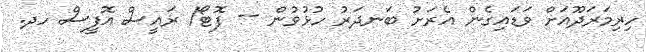
ހިރިމަރަދޫއަށް ވަޑައިގެން އެރަށު ބަނދަރު ހުޅުވުން -- ފޮޓޯ/ ރައީސް އޮފީސް ހދ.